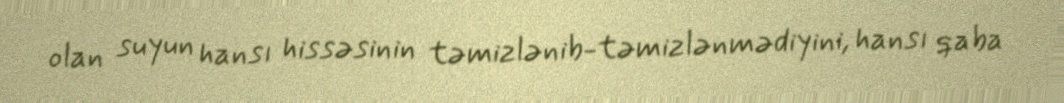
olan suyun hansı hissəsinin təmizlənib-təmizlənmədiyini, hansı qaba